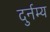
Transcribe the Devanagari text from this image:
दुर्नम्य